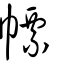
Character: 幖